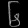
Digit: ၆